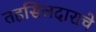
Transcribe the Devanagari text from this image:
तहसिलदाराचे